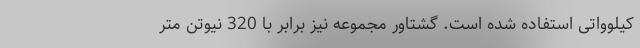
کیلوواتی استفاده شده است. گشتاور مجموعه نیز برابر با 320 نیوتن متر